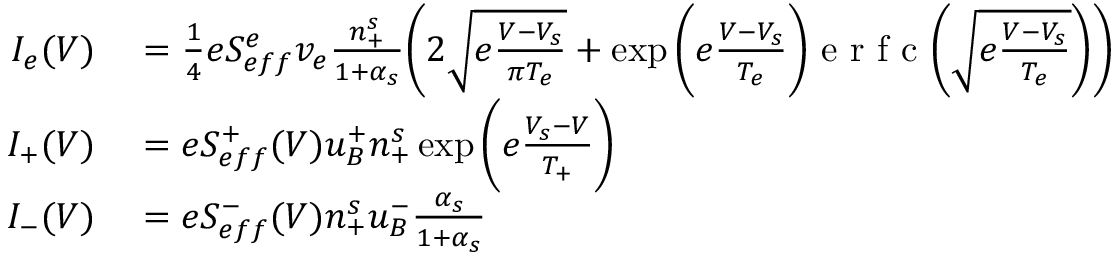
\begin{array} { r l } { I _ { e } ( V ) } & { { } = \frac { 1 } { 4 } e S _ { e f f } ^ { e } v _ { e } \frac { n _ { + } ^ { s } } { 1 + \alpha _ { s } } \bigg ( 2 \sqrt { e \frac { V - V _ { s } } { \pi T _ { e } } } + \exp { \bigg ( e \frac { V - V _ { s } } { T _ { e } } } \bigg ) \mathrm { ~ e ~ r ~ f ~ c ~ } \bigg ( { \sqrt { e \frac { V - V _ { s } } { T _ { e } } } } \bigg ) \bigg ) } \\ { I _ { + } ( V ) } & { { } = e S _ { e f f } ^ { + } ( V ) u _ { B } ^ { + } n _ { + } ^ { s } \exp \bigg ( { e \frac { V _ { s } - V } { T _ { + } } } \bigg ) } \\ { I _ { - } ( V ) } & { { } = e S _ { e f f } ^ { - } ( V ) n _ { + } ^ { s } u _ { B } ^ { - } \frac { \alpha _ { s } } { 1 + \alpha _ { s } } } \end{array}